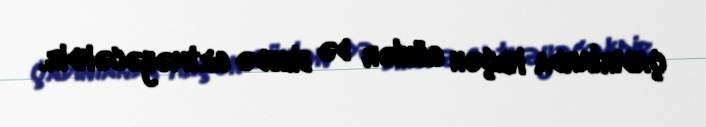
çadırlarda keçən günlər də bihudə getməyəcəkdir.